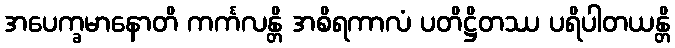
အပေက္ခမာနောတိ ကင်္ကလန္တိ အစိရကာလံ ပတိဋ္ဌိတဿ ပရိပါတယန္တိ